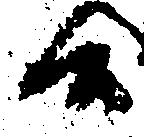
候